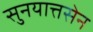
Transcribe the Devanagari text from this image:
सुनयात्तसेन